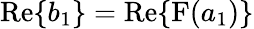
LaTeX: \mathrm{Re}\{ b_{1}\} =\mathrm{Re}\{ \mathrm{F}(a_{1})\}